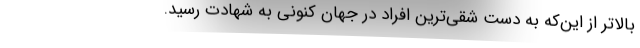
بالاتر از این‌که به دست شقی‌ترین افراد در جهان کنونی به شهادت رسید.